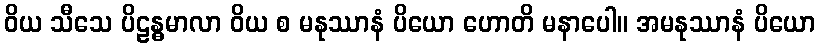
ဝိယ သီသေ ပိဠန္ဓမာလာ ဝိယ စ မနုဿာနံ ပိယော ဟောတိ မနာပေါ။ အမနုဿာနံ ပိယော